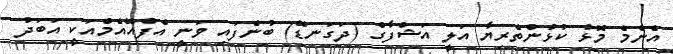
އެންމެ މޮޅު ކުޅުންތެރިޔާ އަލީ އަޝްފާގް (ދަގަނޑޭ) ބުނެފައި ވަނީ އެފްއޭއެމްއަކީ އަބަދު